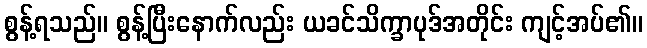
စွန့်ရသည်။ စွန့်ပြီးနောက်လည်း ယခင်သိက္ခာပုဒ်အတိုင်း ကျင့်အပ်၏။